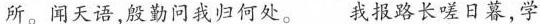
所。闻天语，殷勤问我归何处。 我报路长嗟日暮，学